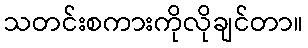
သတင်းစကားကိုလိုချင်တာ။